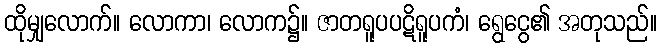
ထိုမျှလောက်။ လောကာ၊ လောက၌။ ဇာတရူပပဋိရူပကံ၊ ရွေငွေ၏ အတုသည်။